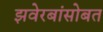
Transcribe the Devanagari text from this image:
झवेरबांसोबत